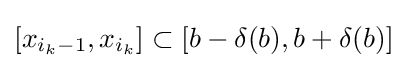
[x_{i_{k}-1},x_{i_{k}}]\subset [b-\delta (b),b+\delta (b)]